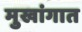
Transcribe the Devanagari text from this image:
मुखांगात